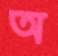
অ